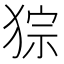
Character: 猔